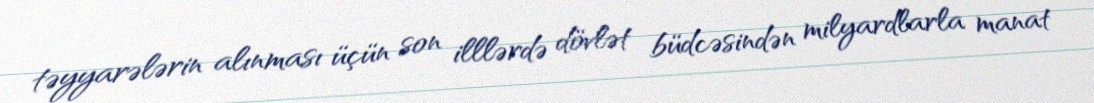
təyyarələrin alınması üçün son illlərdə dövlət büdcəsindən milyardlarla manat